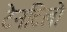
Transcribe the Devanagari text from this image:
टेनटिलो